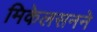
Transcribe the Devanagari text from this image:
मिकेलसनने